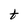
Character: t